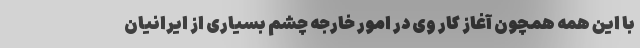
با این همه همچون آغاز کار وی در امور خارجه چشم بسیاری از ایرانیان